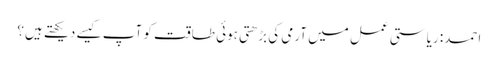
احمد: ریاستی عمل میں آرمی کی بڑھتی ہوئی طاقت کو آپ کیسے دیکھتے ہیں؟